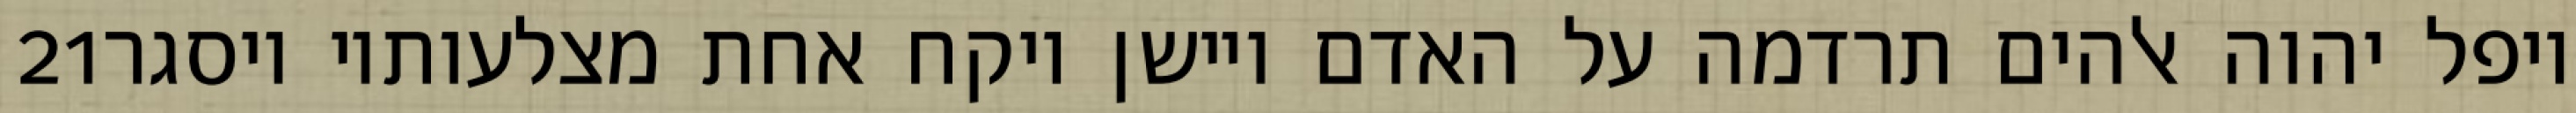
‎21‏ ויפל יהוה אלהים תרדמה על האדם ויישן ויקח אחת מצלעותיו ויסגר